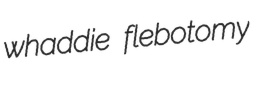
whaddie flebotomy